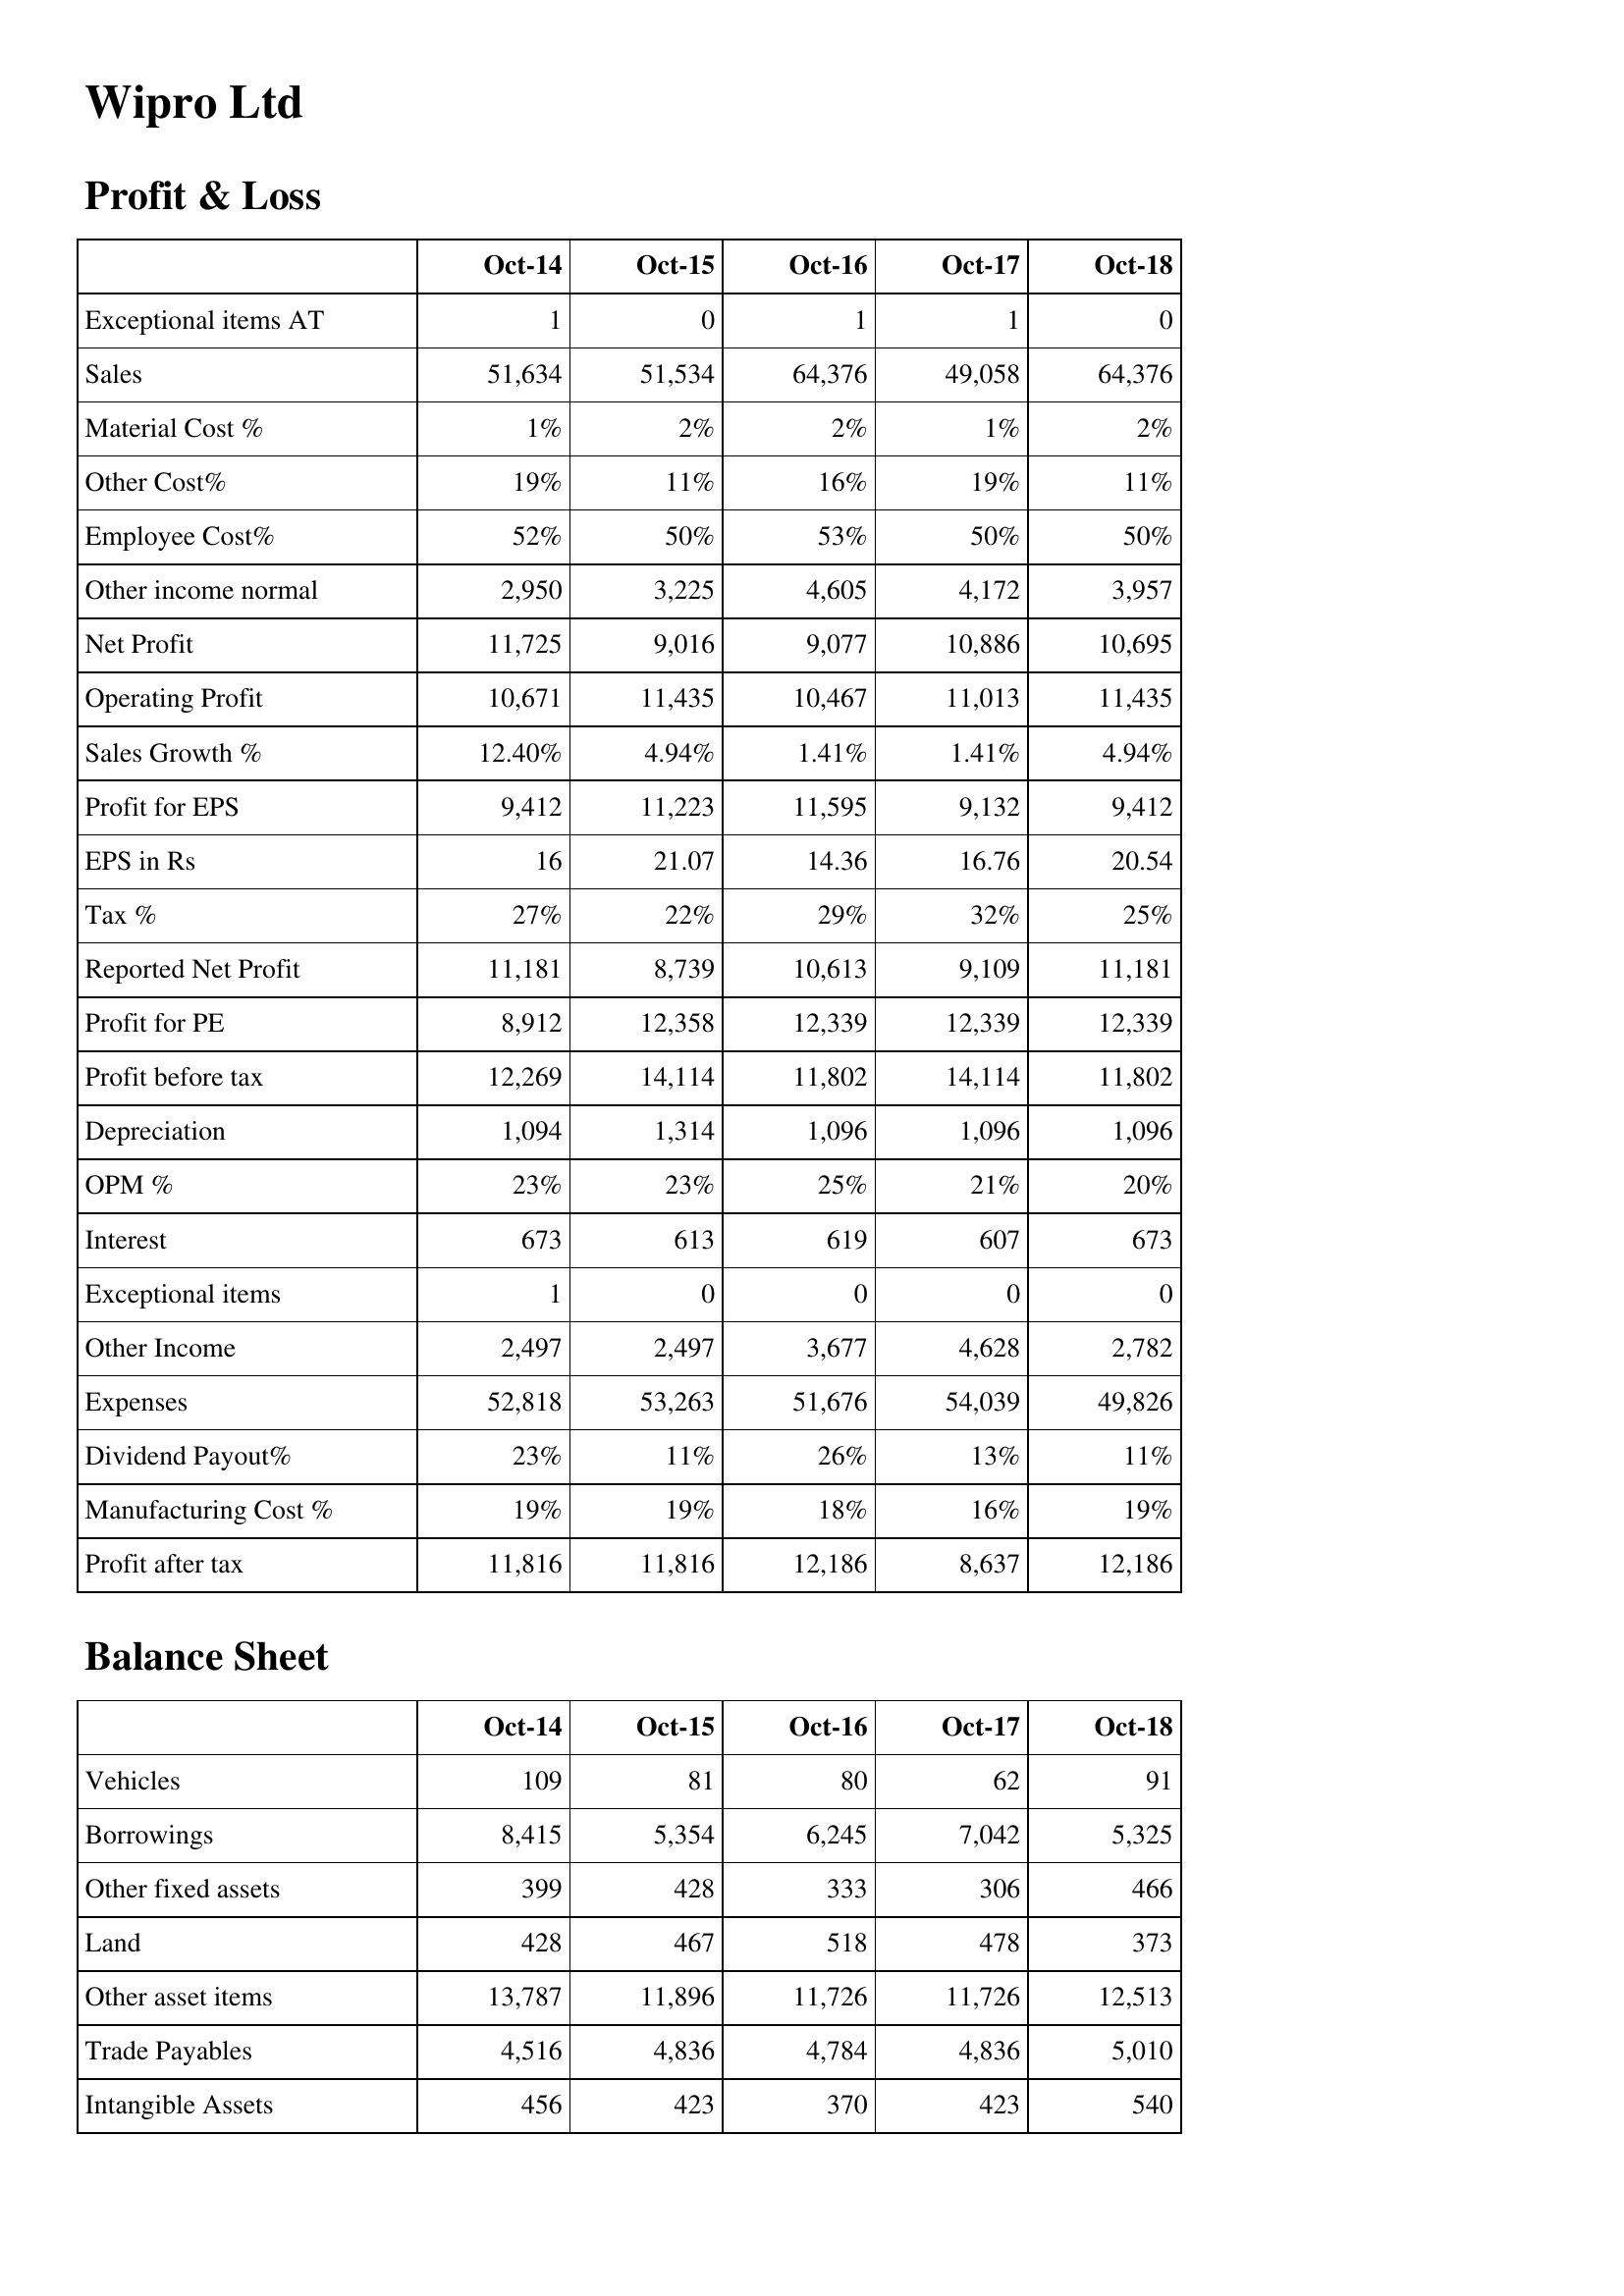
Oct-14: Profit & Loss: Exceptional items AT: 1
Sales: 51,634
Material Cost %: 1%
Other Cost%: 19%
Employee Cost%: 52%
Other income normal: 2,950
Net Profit: 11,725
Operating Profit: 10,671
Sales Growth %: 12.40%
Profit for EPS: 9,412
EPS in Rs: 16
Tax %: 27%
Reported Net Profit: 11,181
Profit for PE: 8,912
Profit before tax: 12,269
Depreciation: 1,094
OPM %: 23%
Interest: 673
Exceptional items: 1
Other Income: 2,497
Expenses: 52,818
Dividend Payout%: 23%
Manufacturing Cost %: 19%
Profit after tax: 11,816
Balance Sheet: Vehicles: 109
Borrowings: 8,415
Other fixed assets: 399
Land: 428
Other asset items: 13,787
Trade Payables: 4,516
Intangible Assets: 456
Oct-15: Profit & Loss: Exceptional items AT: 0
Sales: 51,534
Material Cost %: 2%
Other Cost%: 11%
Employee Cost%: 50%
Other income normal: 3,225
Net Profit: 9,016
Operating Profit: 11,435
Sales Growth %: 4.94%
Profit for EPS: 11,223
EPS in Rs: 21.07
Tax %: 22%
Reported Net Profit: 8,739
Profit for PE: 12,358
Profit before tax: 14,114
Depreciation: 1,314
OPM %: 23%
Interest: 613
Exceptional items: 0
Other Income: 2,497
Expenses: 53,263
Dividend Payout%: 11%
Manufacturing Cost %: 19%
Profit after tax: 11,816
Balance Sheet: Vehicles: 81
Borrowings: 5,354
Other fixed assets: 428
Land: 467
Other asset items: 11,896
Trade Payables: 4,836
Intangible Assets: 423
Oct-16: Profit & Loss: Exceptional items AT: 1
Sales: 64,376
Material Cost %: 2%
Other Cost%: 16%
Employee Cost%: 53%
Other income normal: 4,605
Net Profit: 9,077
Operating Profit: 10,467
Sales Growth %: 1.41%
Profit for EPS: 11,595
EPS in Rs: 14.36
Tax %: 29%
Reported Net Profit: 10,613
Profit for PE: 12,339
Profit before tax: 11,802
Depreciation: 1,096
OPM %: 25%
Interest: 619
Exceptional items: 0
Other Income: 3,677
Expenses: 51,676
Dividend Payout%: 26%
Manufacturing Cost %: 18%
Profit after tax: 12,186
Balance Sheet: Vehicles: 80
Borrowings: 6,245
Other fixed assets: 333
Land: 518
Other asset items: 11,726
Trade Payables: 4,784
Intangible Assets: 370
Oct-17: Profit & Loss: Exceptional items AT: 1
Sales: 49,058
Material Cost %: 1%
Other Cost%: 19%
Employee Cost%: 50%
Other income normal: 4,172
Net Profit: 10,886
Operating Profit: 11,013
Sales Growth %: 1.41%
Profit for EPS: 9,132
EPS in Rs: 16.76
Tax %: 32%
Reported Net Profit: 9,109
Profit for PE: 12,339
Profit before tax: 14,114
Depreciation: 1,096
OPM %: 21%
Interest: 607
Exceptional items: 0
Other Income: 4,628
Expenses: 54,039
Dividend Payout%: 13%
Manufacturing Cost %: 16%
Profit after tax: 8,637
Balance Sheet: Vehicles: 62
Borrowings: 7,042
Other fixed assets: 306
Land: 478
Other asset items: 11,726
Trade Payables: 4,836
Intangible Assets: 423
Oct-18: Profit & Loss: Exceptional items AT: 0
Sales: 64,376
Material Cost %: 2%
Other Cost%: 11%
Employee Cost%: 50%
Other income normal: 3,957
Net Profit: 10,695
Operating Profit: 11,435
Sales Growth %: 4.94%
Profit for EPS: 9,412
EPS in Rs: 20.54
Tax %: 25%
Reported Net Profit: 11,181
Profit for PE: 12,339
Profit before tax: 11,802
Depreciation: 1,096
OPM %: 20%
Interest: 673
Exceptional items: 0
Other Income: 2,782
Expenses: 49,826
Dividend Payout%: 11%
Manufacturing Cost %: 19%
Profit after tax: 12,186
Balance Sheet: Vehicles: 91
Borrowings: 5,325
Other fixed assets: 466
Land: 373
Other asset items: 12,513
Trade Payables: 5,010
Intangible Assets: 540